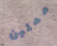
مملين